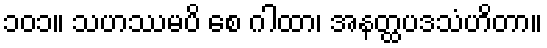
၁၀၁။ သဟဿမပိ စေ ဂါထာ၊ အနတ္ထပဒသံဟိတာ။